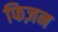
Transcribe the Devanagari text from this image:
फिज़न